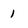
Character: 1